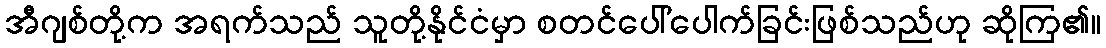
အီဂျစ်တို့က အရက်သည် သူတို့နိုင်ငံမှာ စတင်ပေါ်ပေါက်ခြင်းဖြစ်သည်ဟု ဆိုကြ၏။